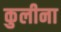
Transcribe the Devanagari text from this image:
कुलीना